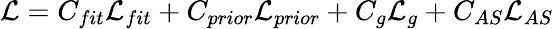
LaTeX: \mathcal{L}=C_{fit}\mathcal{L}_{fit}+C_{prior}\mathcal{L}_{prior}+C_{g}\mathcal{L}_{g}+C_{AS}\mathcal{L}_{AS}